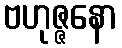
ဗဟုဇ္ဇနော